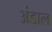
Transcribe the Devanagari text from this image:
अंडाल